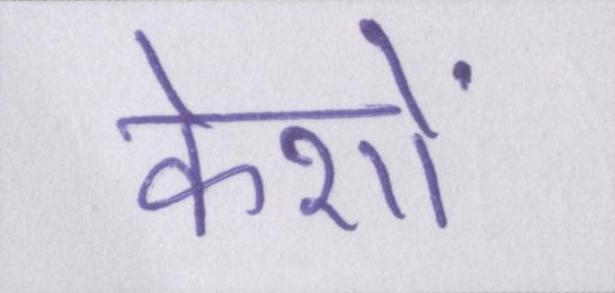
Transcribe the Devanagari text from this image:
केशों